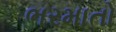
ભરમાતો